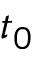
t _ { 0 }